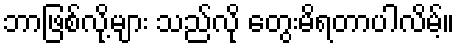
ဘာဖြစ်လို့များ သည်လို တွေးမိရတာပါလိမ့်။